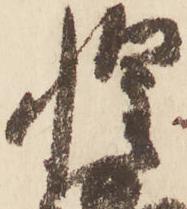
惶